Leaving Certificate Examination, 1913
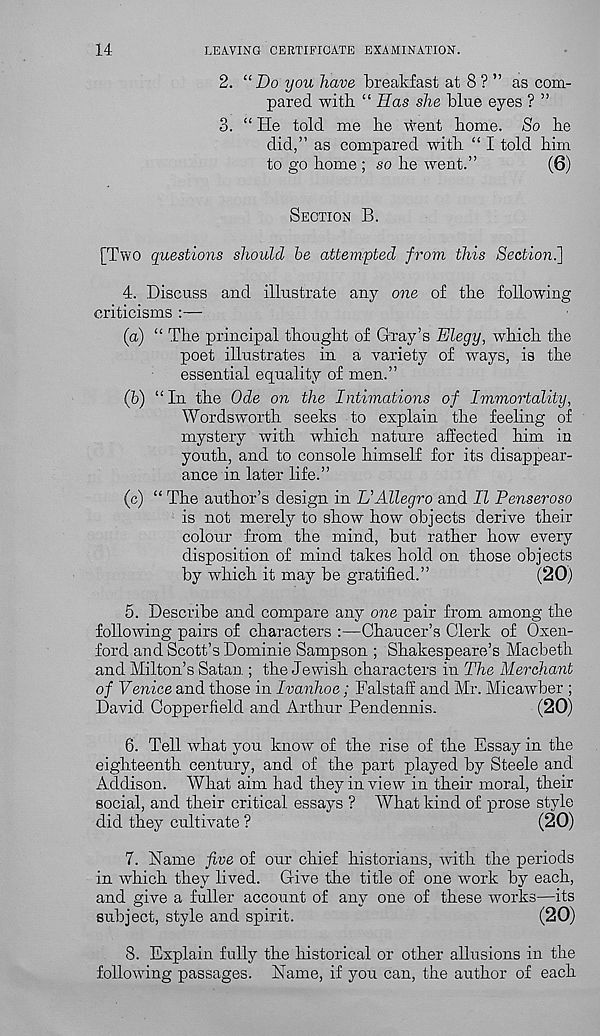
14
LEAVING CERTIFICATE EXAMINATION.
2. “Do you have breakfast at 8 ? ” as com-
pared with “ Has she blue eyes ? ”
3. “ He told me lie went borne. So lie
did,” as compared with “ I told him
to go home ; so he went.”
(8)
SECTION B.
[Two questions should he attempted from this Section.]
4. Discuss and illustrate any one of the following
criticisms :—
(a) “ The principal thought of Gray’s Elegy, which the
poet illustrates in a variety of ways, is the
essential equality of men.”
(h) “In the Ode on the Intimations of Immortality,
Wordsworth seeks to explain the feeling of
mystery with which nature affected him in
youth, and to console himself for its disappear-
ance in later life.”
(c) “ The author’s design in L’’Allegro and II Penseroso
is not merely to show how objects derive their
colour from the mind, but rather how every
disposition of mind takes hold on those objects
by which it may be gratified.”
(20)
5. Describe and compare any one pair from among the
following pairs of characters :—Chaucer’s Clerk of Oxen-
ford and Scott’s Dominie Sampson ; Shakespeare’s Macbeth
and Milton’s Satan.; the Jewish characters in The Merchant
of Venice and those in Ivanhoe; Falstaff and Mr. Micawber ;
David Copperfield and Arthur Pendennis.
(20)
6. Tell what you know of the rise of the Essay in the
eighteenth century, and of the part played by Steele and
Addison. What aim had they in view in their moral, their
social, and their critical essays ? What kind of prose style
did they cultivate ?
(20)
7. Name five of our chief historians, with the periods
in which they lived. Give the title of one work by each,
and give a fuller account of any one of these works—its
subject, style and spirit.
(20)
8. Explain fully the historical or other allusions in the
following passages. Name, if you can, the author of each